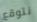
نتوقع